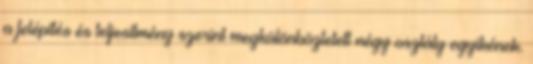
a felépítés és teljesítmény szerint megkülönböztetett négy osztály egyikének.